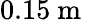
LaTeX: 0.15\mathrm{~m~}